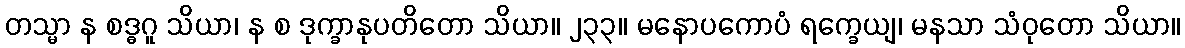
တသ္မာ န စဒ္ဓဂူ သိယာ၊ န စ ဒုက္ခာနုပတိတော သိယာ။ ၂၃၃။ မနောပကောပံ ရက္ခေယျ၊ မနသာ သံဝုတော သိယာ။